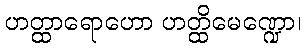
ဟတ္ထာရောဟော ဟတ္ထိမေဏ္ဍော၊